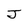
Character: J